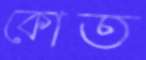
কোত